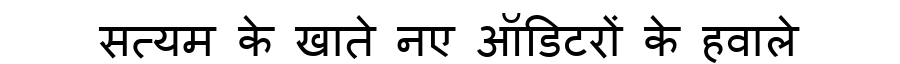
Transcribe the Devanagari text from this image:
सत्यम के खाते नए ऑडिटरों के हवाले